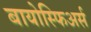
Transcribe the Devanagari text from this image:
बायोस्फिअर्स